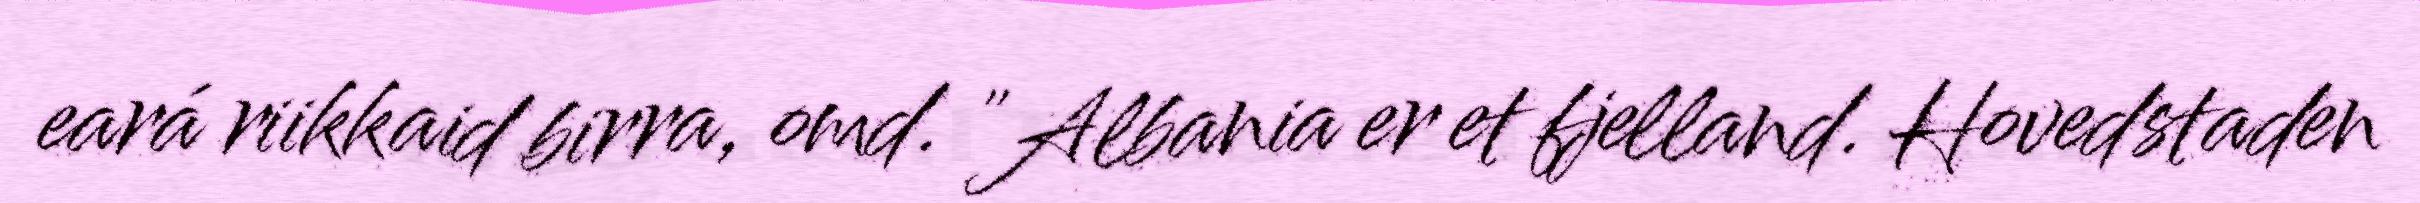
eará riikkaid birra, omd. "Albania er et fjelland. Hovedstaden